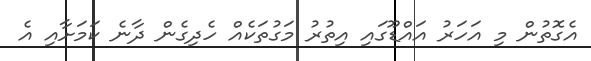
އެގޮތުން މި އަހަރު އައްޑޫގައި އިތުރު މަގުތަކެއް ހެދިގެން ދާނެ ކަމަށާއި އެ